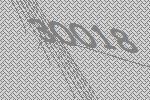
30018